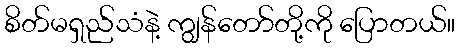
စိတ်မရှည်သံနဲ့ ကျွန်တော်တို့ကို ပြောတယ်။